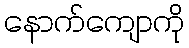
နောက်ကျောကို